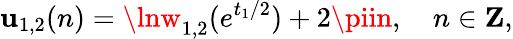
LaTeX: \mathbf{u}_{1,2}(n)=\lnw_{1,2}(e^{t_{1}/2})+2\piin,~~~~n\in{\mathbf{Z}},